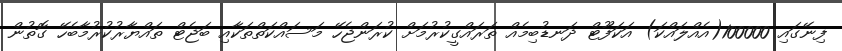
ފިނޭގައި 100000(އެއްލައްކަ) އަކަފޫޓް ދަނޑުބިމެއް ތަރައްގީކުރުމަށް ކުރަންޖެހޭ މަސައްކަތްތަކާއި ބަޖެޓް ތައްޔާރުކުރުމާބެހޭ ގޮތުން